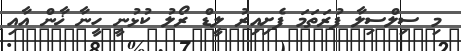
މި ސިލްސިލާ ފުރަތަމަ ފެށިއިރު ލީޑް ރޯލު ކުޅުނީ ހީނާ ޚާން އާއި